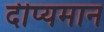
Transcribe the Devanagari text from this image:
दीप्यमान